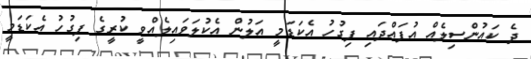
ދެ ކައުންސިލެއް އުފައްދައި ފިގުހު އެކަޑަމީ އަލުން އެކުލަވައިލެއްވީ ކުރީގެ ފިގުހު އެކަޑަމީ